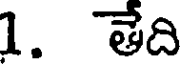
1. తేది